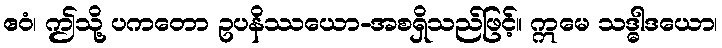
ဧဝံ၊ ဤသို့ ပကတော ဥပနိဿယော-အစရှိသည်ဖြင့်။ ဣမေ သဒ္ဓါဒယော၊